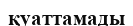
қуаттамады